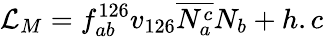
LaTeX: {\cal L}_{M}=f_{ab}^{126}v_{126}\overline{{{N_{a}^{c}}}}N_{b}+h.c